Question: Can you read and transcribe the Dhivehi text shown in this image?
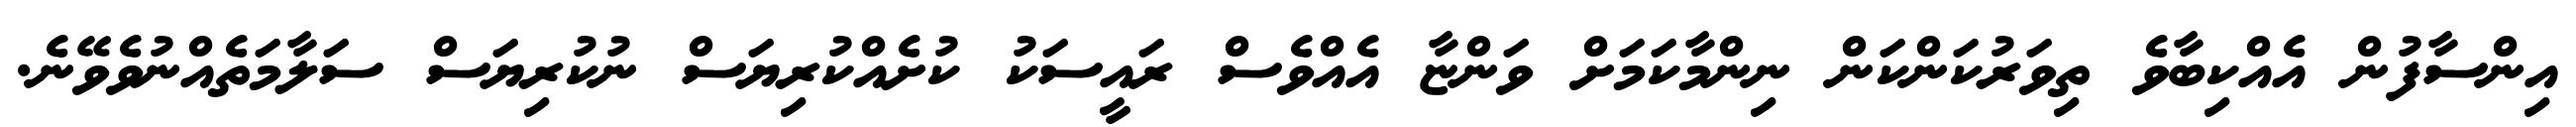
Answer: އިންސާފުން އެއްކިބާވެ ތިވަރުކަންކަން ނިންމާކަމަށް ވަންޏާ އެއްވެސް ރައީސަކު ކުށެއްކުރިޔަސް ނުކުރިޔަސް ސަލާމަތެއްނުވެވޭނެ.